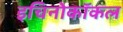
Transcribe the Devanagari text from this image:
इचिनोकॉकल